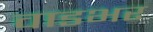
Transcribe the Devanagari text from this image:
वाडभर